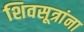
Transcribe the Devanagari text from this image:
शिवसूत्रांना